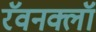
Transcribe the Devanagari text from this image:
रॅवनक्लॉ